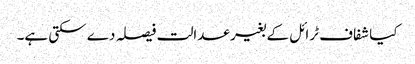
کیا شفاف ٹرائل کے بغیر عدالت فیصلہ دے سکتی ہے۔